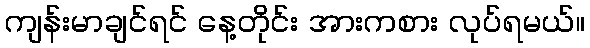
ကျန်းမာချင်ရင် နေ့တိုင်း အားကစား လုပ်ရမယ်။